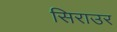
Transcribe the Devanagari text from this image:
सिराउर